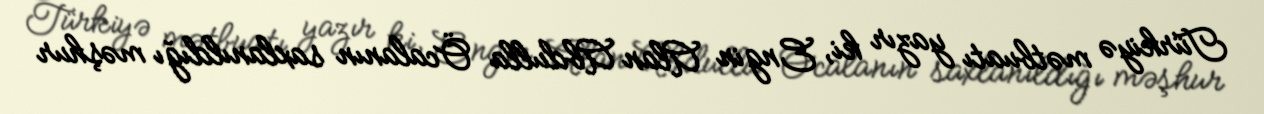
Türkiyə mətbuatı yazır ki, Engin Alan Abdulla Öcalanın saxlanıldığı məşhur